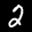
Label: 2